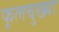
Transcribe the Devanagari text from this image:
फूलचुख्या